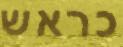
כראש